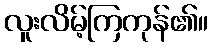
လူးလိမ့်ကြကုန်၏။